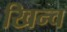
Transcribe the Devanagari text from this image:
खिन्च